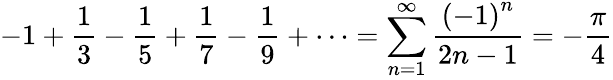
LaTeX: -1+{\frac{1}{3}}-{\frac{1}{5}}+{\frac{1}{7}}-{\frac{1}{9}}+\cdots=\sum_{n=1}^{\infty}{\frac{\left(-1\right)^{n}}{2n-1}}=-{\frac{\pi}{4}}